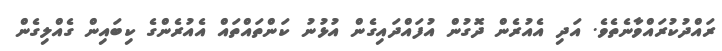
ރައްދުކުރައްވާނެތެވެ. އަދި އެއުރެން ދޮގުން އުފައްދައިގެން އުޅުނު ކަންތައްތައް އެއުރެންގެ ކިބައިން ގެއްލިގެން